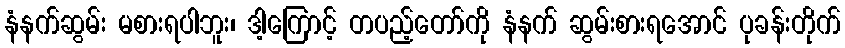
နံနက်ဆွမ်း မစားရပါဘူး၊ ဒါ့ကြောင့် တပည့်တော်ကို နံနက် ဆွမ်းစားရအောင် ပုခန်းတိုက်